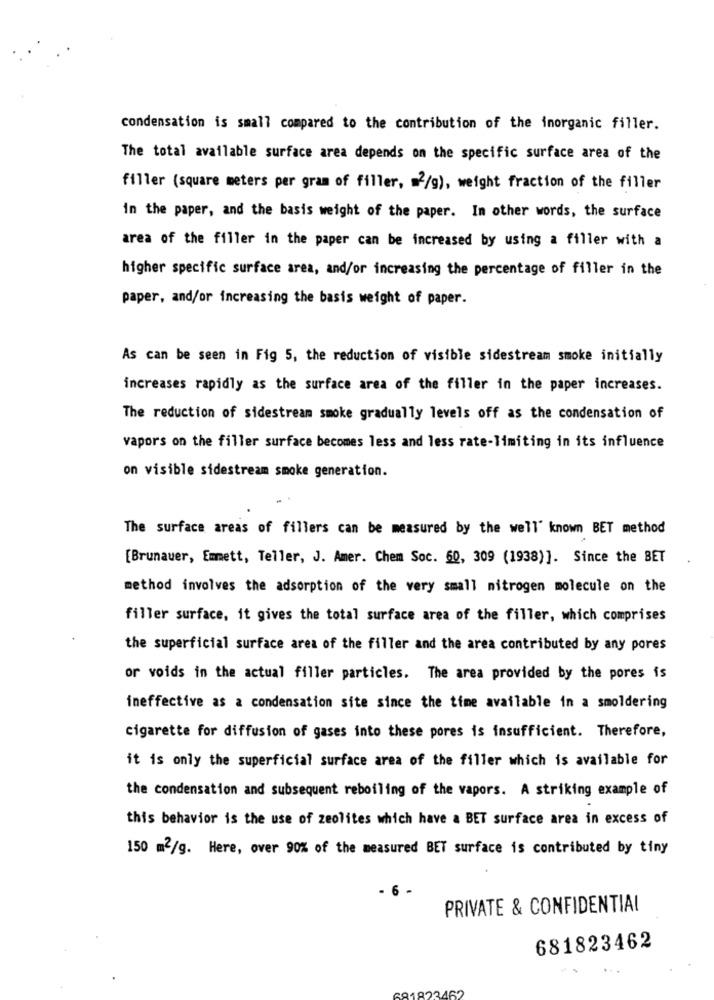
condensation is small compared to the contribution of the inorganic filler.
The total available surface area depends on the specific surface area of the
filler (square meters per gram of filler, = 2/g), weight fraction of the filler
in the paper, and the basis weight of the paper. In other words, the surface
area of the filler in the paper can be increased by using a filler with a
higher specific surface area, and/or increasing the percentage of filler in the
paper, and/or increasing the basis weight of paper.
As can be seen in Fig 5, the reduction of visible sidestream smoke initially
increases rapidly as the surface area of the filler in the paper increases.
The reduction of sidestream smoke gradually levels off as the condensation of
vapors on the filler surface becomes less and less rate-limiting in its influence
on visible sidestream smoke generation.
The surface areas of fillers can be measured by the well known BET method
[Brunauer, Emmett, Teller, J. Amer. Chem Soc. 60, 309 (1938)]. Since the BET
method involves the adsorption of the very small nitrogen molecule on the
filler surface, it gives the total surface area of the filler, which comprises
the superficial surface area of the filler and the area contributed by any pores
or voids in the actual filler particles. The area provided by the pores is
ineffective as a condensation site since the time available in a smoldering
cigarette for diffusion of gases into these pores is insufficient. Therefore,
it is only the superficial surface area of the filler which is available for
the condensation and subsequent reboiling of the vapors. A striking example of
this behavior is the use of zeolites which have a BET surface area in excess of
150 m2/g. Here, over 90% of the measured BET surface is contributed by tiny
- 6
PRIVATE & CONFIDENTIAL
681823462
681823462